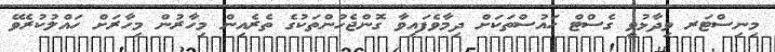
މިނިސްޓަރ ވިދާޅުވީ ގެސްޓް ހައުސްތަކަށް ދިމާވެފައިވާ ގޮންޖެހުންތަކުގެ ތެރެއިން މިހާރުން މިހާރަށް ހައްލުކުރެވޭ